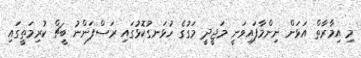
މި އިމާރާތް އަޅަން ނިންމާފައިވަނީ މަޖީދީ މަގުގެ ހުޅަނގުކޮޅުގައި ރަސްފަންނު ބީޗް ކުރިމަތީގައި